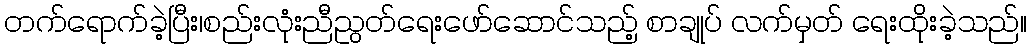
တက်ရောက်ခဲ့ပြီး၊စည်းလုံးညီညွတ်ရေးဖော်ဆောင်သည့် စာချုပ် လက်မှတ် ရေးထိုးခဲ့သည်။